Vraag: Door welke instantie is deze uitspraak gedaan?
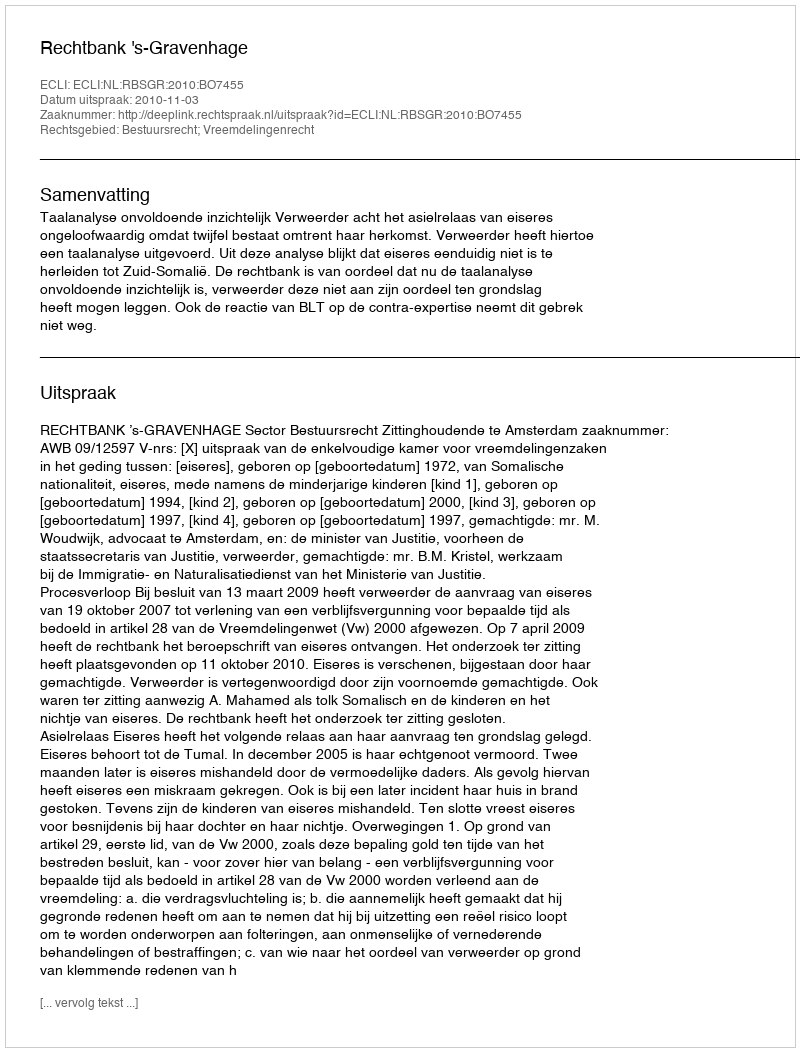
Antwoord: Rechtbank 's-Gravenhage